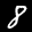
Label: 8